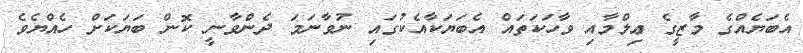
އެބަޔެއްގެ މާޒީގެ ޢިލްމާއި ވާހަކަތައް އެބަޔަކާއެކުގައި ނުވާނަމަ ދެންވާނީ ކޮން ބަޔަކަށް ހެއްޔެވެ